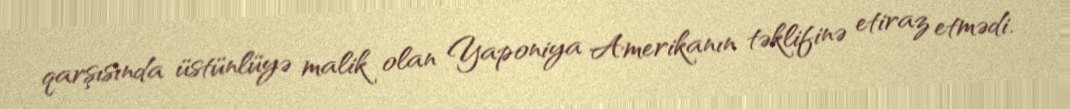
qarşısında üstünlüyə malik olan Yaponiya Amerikanın təklifinə etiraz etmədi.